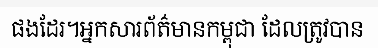
ផងដែរ។អ្នកសារព័ត៌មានកម្ពុជា ដែលត្រូវបាន